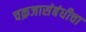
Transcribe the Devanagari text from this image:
चक्रजासंबंधीचा